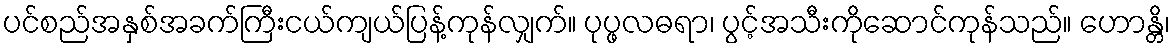
ပင်စည်အနှစ်အခက်ကြီးငယ်ကျယ်ပြန့်ကုန်လျှက်။ ပုပ္ဖလဓရာ၊ ပွင့်အသီးကိုဆောင်ကုန်သည်။ ဟောန္တိ၊